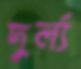
দুর্ল্য